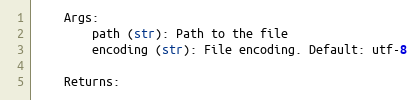
Language: Python
    Args:
        path (str): Path to the file
        encoding (str): File encoding. Default: utf-8

    Returns: